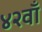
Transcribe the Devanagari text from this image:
४२वाँ